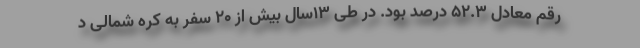
رقم معادل ۵۲.۳ درصد بود. در طی ۱۳سال بیش از ۲۰ سفر به کره شمالی د